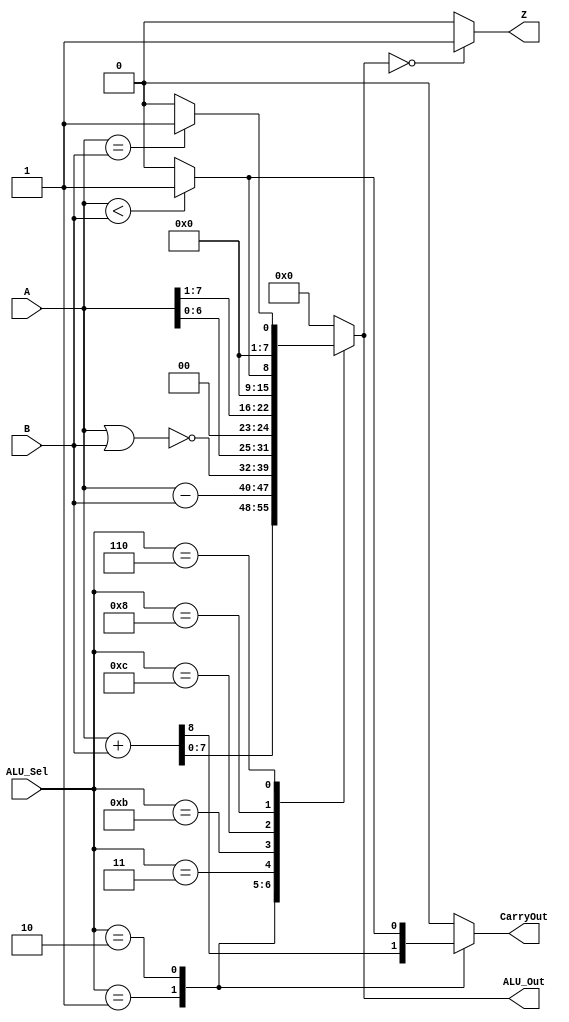
module ALU (
    input [7:0] A,           // First operand
    input [7:0] B,           // Second operand
    input [3:0] ALU_Sel,     // ALU operation selector (4 bits)
    output reg [7:0] ALU_Out,// ALU output
    output reg CarryOut,     // Carry out flag (borrow flag for subtraction)
    output reg Z             // Zero flag
);

always @(*) begin
    CarryOut = 0; // Default to no carry out
    Z = 0;        // Default to zero flag being low
    case (ALU_Sel)
        4'b0001: begin
            // Perform addition and assign carry out and result
            {CarryOut, ALU_Out} = A + B;
        end
        4'b0010: begin
            // Perform subtraction
            {CarryOut, ALU_Out} = A - B;
            // Explicitly set carry out (borrow) if A < B
            CarryOut = (A < B) ? 1 : 0;
        end
        4'b0011: ALU_Out = ~(A | B);    // NOR
        4'b1011: ALU_Out = A << 1;      // Left shift
        4'b1100: ALU_Out = A >> 1;      // Right shift
        4'b1000: ALU_Out = (A < B) ? 8'b1 : 8'b0; // Less than
        4'b0110: ALU_Out = (A == B) ? 8'b1 : 8'b0; // Equal
        // Add more operations here as needed
        default: ALU_Out = 8'b00000000; // Default case
    endcase
    Z = (ALU_Out == 8'b00000000) ? 1 : 0; // Set Zero flag
end

endmodule